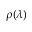
\rho ( \lambda )